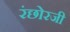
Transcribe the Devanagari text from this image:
रंछोरजी